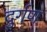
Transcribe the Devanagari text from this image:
दुर्गण